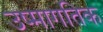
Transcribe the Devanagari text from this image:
उष्मागतिक